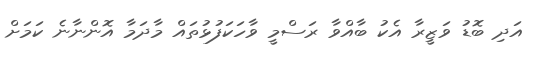
އަދި ބޮޑު ވަޒީރާ އެކު ބާއްވާ ރަސްމީ ވާހަކަފުޅުތައް މާދަމާ އޮންނާނެ ކަމަށް